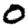
Digit: 0